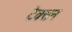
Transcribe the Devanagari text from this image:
टैक्सन